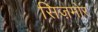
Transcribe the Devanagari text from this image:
सिज़मोर